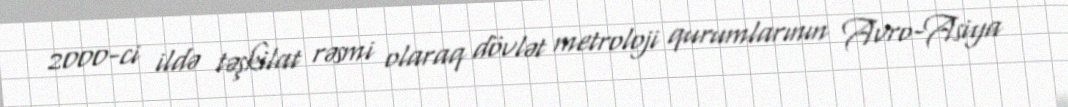
2000-ci ildə təşkilat rəsmi olaraq dövlət metroloji qurumlarının Avro-Asiya